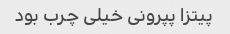
پیتزا پپرونی خیلی چرب بود